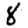
Digit: 8